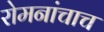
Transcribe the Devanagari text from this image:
रोमनांचाच